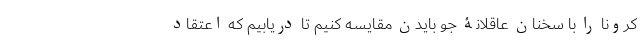
کرونا را با سخنان عاقلانۀ جو بایدن مقایسه کنیم تا دریابیم که اعتقاد